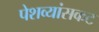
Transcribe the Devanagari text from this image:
पेशव्यांसकट